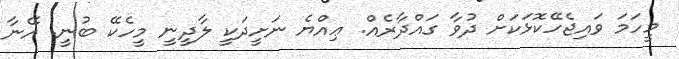
މީހަމަ ވައިޖެހޭކޮޅަކަށް ދުވާ ގައްދާރެއް. ޢިއްޔެ ނަށީދަކީ ލާދީނީ މީހެކޭ ބުނީ. އޭނާ